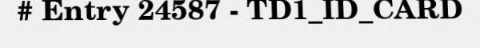
# Entry 24587 - TD1_ID_CARD